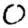
Digit: 0